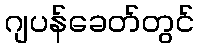
ဂျပန်ခေတ်တွင်